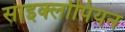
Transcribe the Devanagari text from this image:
साइक्लोपियन